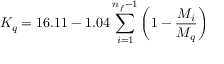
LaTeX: K _ { q } = 1 6 . 1 1 - 1 . 0 4 \sum _ { i = 1 } ^ { n _ { f } - 1 } \left( 1 - \frac { M _ { i } } { M _ { q } } \right)